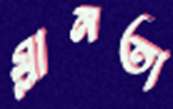
ম্লানতা